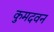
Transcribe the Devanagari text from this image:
कुमदवन